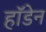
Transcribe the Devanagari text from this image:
हॉडेन